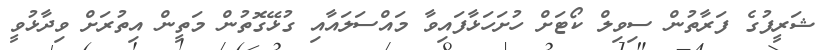
ޝަރީފުގެ ފަރާތުން ސިވިލް ކޯޓަށް ހުށަހަޅާފައިވާ މައްސަލައާއި ގުޅޭގޮތުން މަތީން އިތުރަށް ވިދާޅުވީ